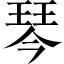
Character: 琴